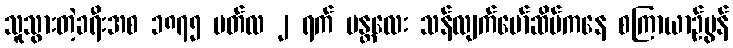
သူသွားတဲ့ခရီးအစ ၁၈၇၅ မတ်လ ၂ ရက် မန္တလေး သန်လျက်မော်ဆိပ်ကနေ စကြာယာဉ်မွန်